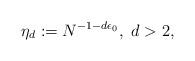
LaTeX: \begin{align*}\eta_d:=N^{-1-d\epsilon_0}, \ d >2,\end{align*}